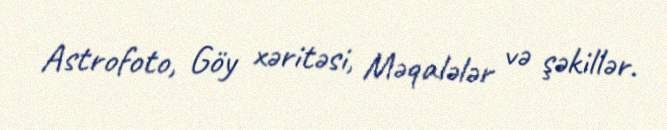
Astrofoto, Göy xəritəsi, Məqalələr və şəkillər.